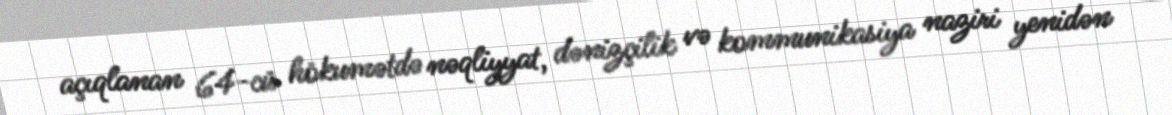
açıqlanan 64-cü hökumətdə nəqliyyat, dənizçilik və kommunikasiya naziri yenidən